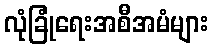
လုံခြုံရေးအစီအမံများ